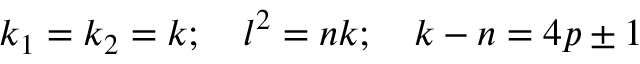
k _ { 1 } = k _ { 2 } = k ; \quad l ^ { 2 } = n k ; \quad k - n = 4 p \pm 1